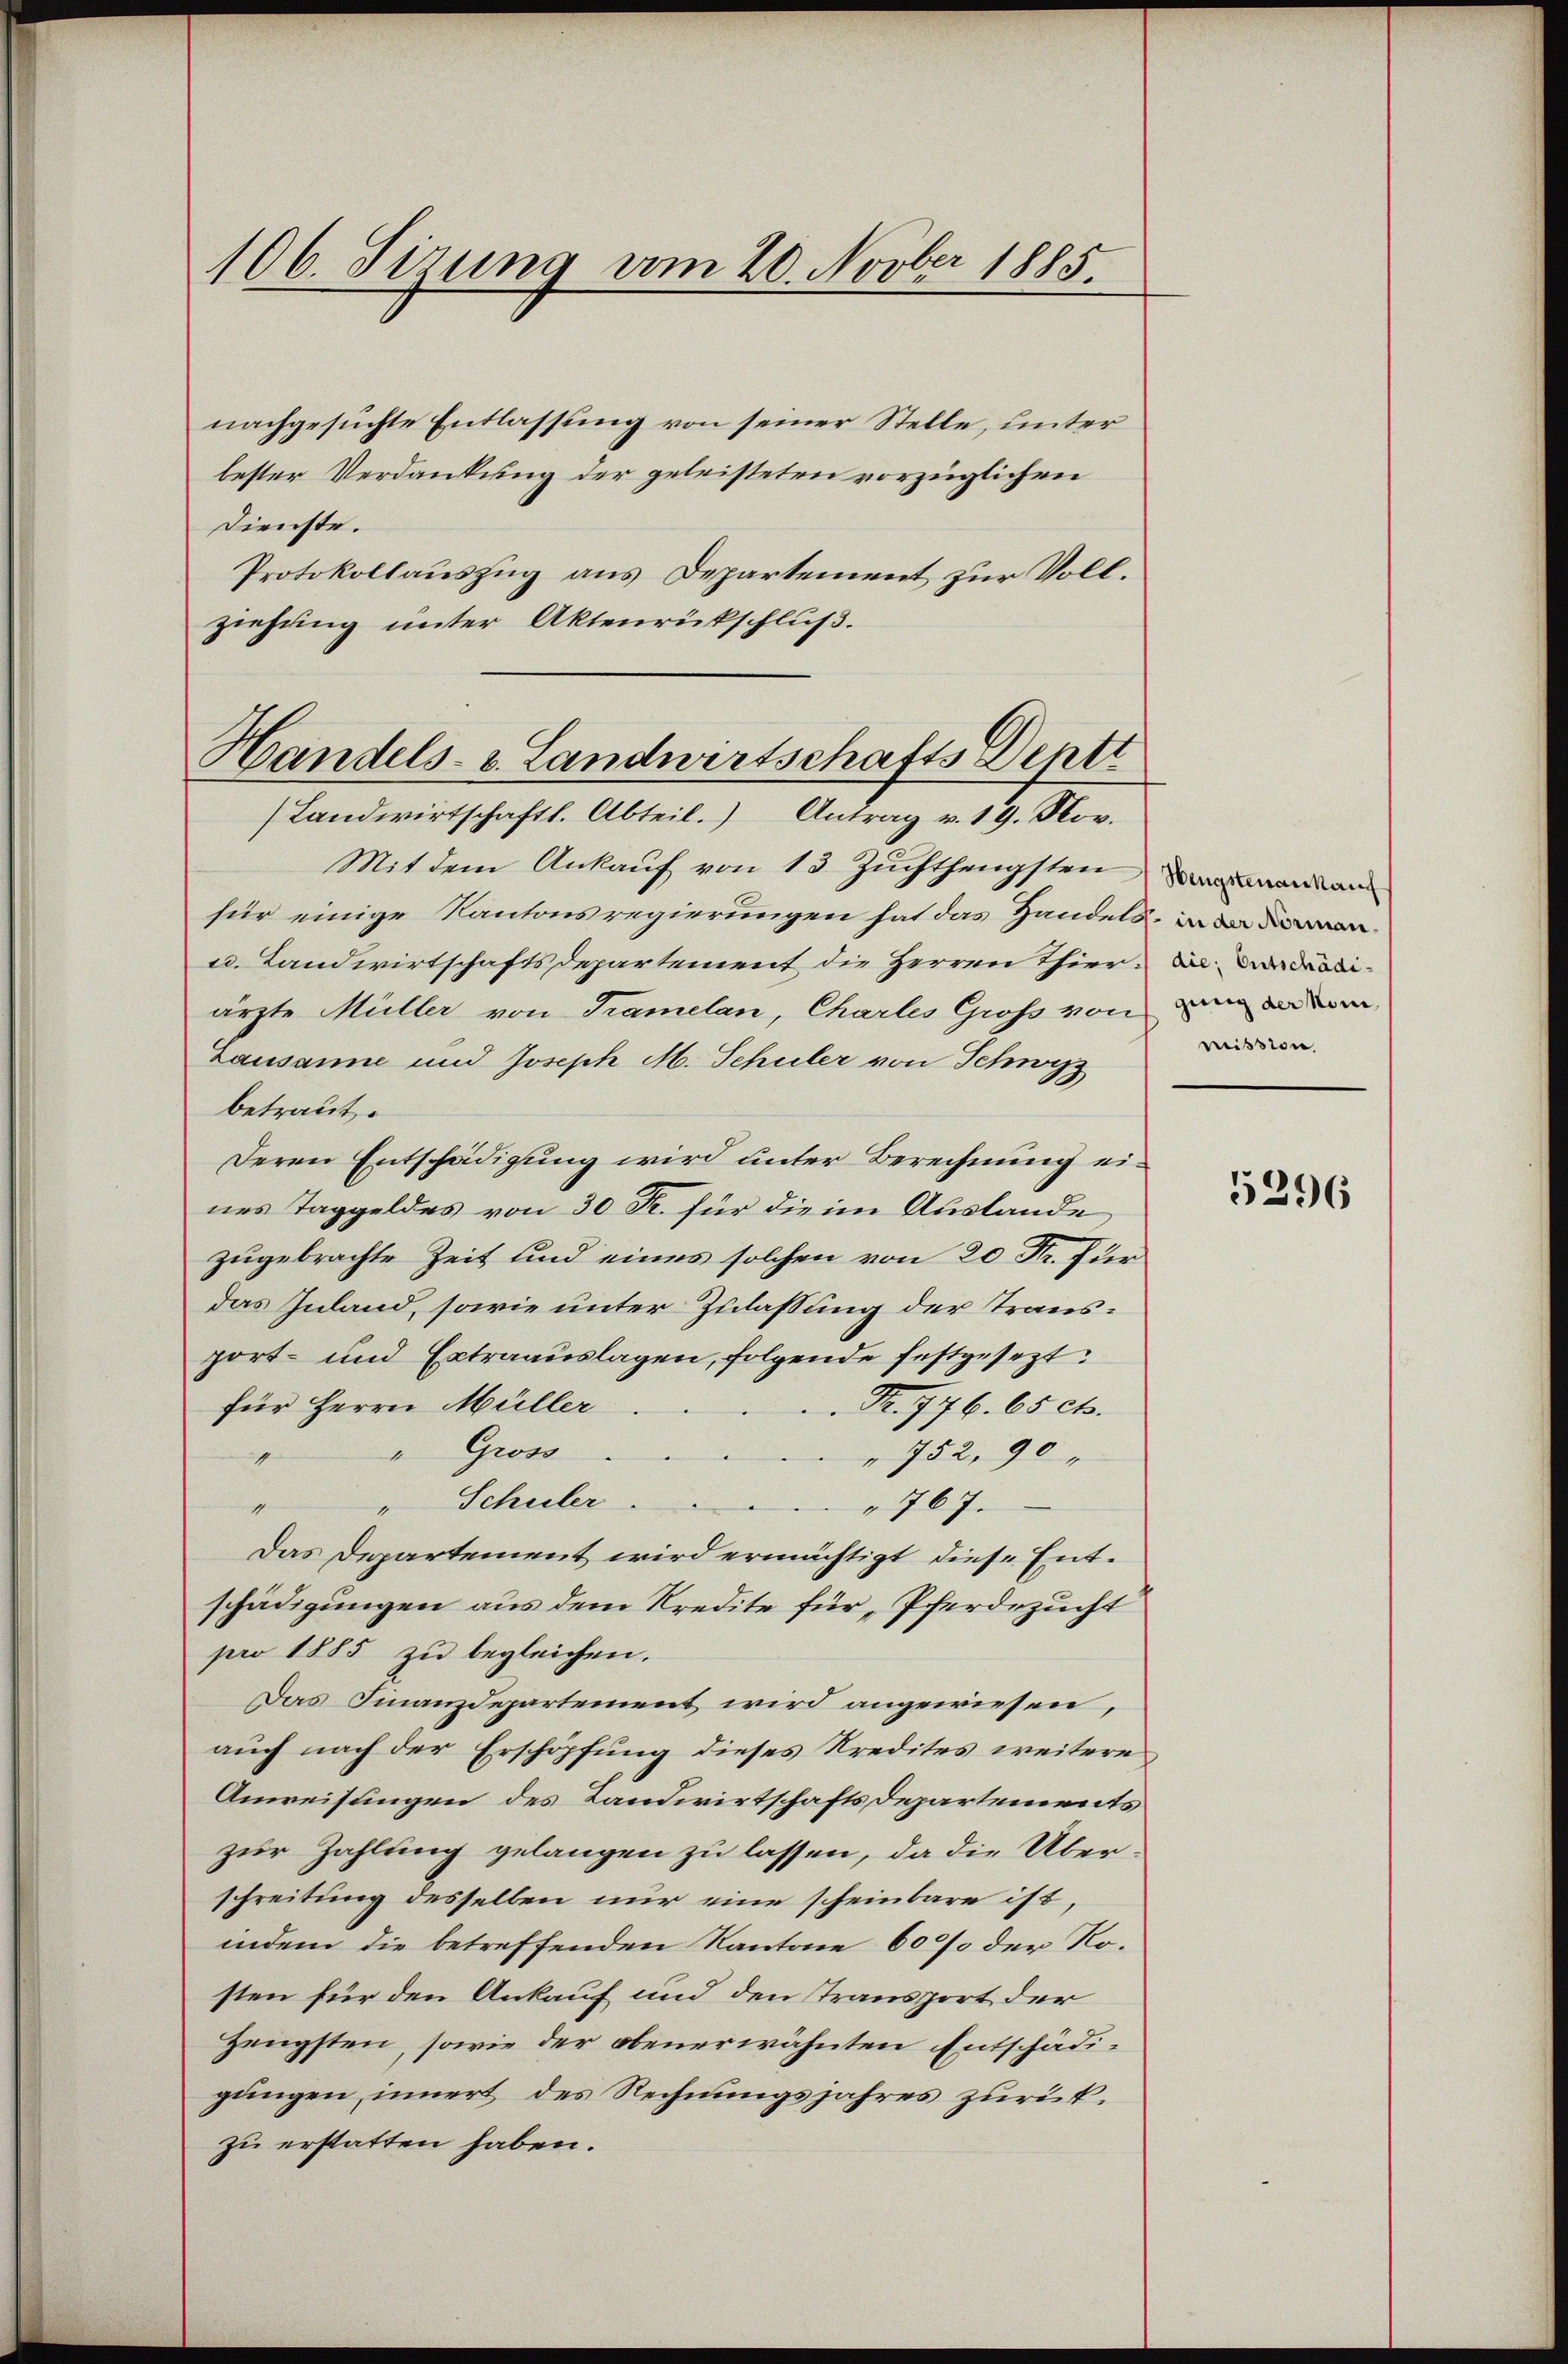
106. Sizung vom 20. Novber 1885.

nachgesuchte Entlassung von seiner Stelle, unter
bester Verdankung der geleisteten vorzüglichen
Dienste.
Protokollauszug aus Departement zur Vollziehung unter Aktenrückschluß.
Handels- u. Landwirtschafts Denti

Landwirtschaftl. Abteil. Antrag v. 19. Nov.

Mit dem Ankauf von 13. Zuchthengsten an an
für einige Kantonsregierungen hat das Handels
u. Landwirtschaftsdepartement die Herren Thier verdradiärzte Müller von Tramelan, Charles Gross von an andern
Lausanne und Joseph M. Schuler von Schwyz
betraut.
Deren Entschädigung wird unter Berechnung eines Taggeldes von 30 R. für die im Auslande
zugebrachte Zeit und eines solchen von 20 Fr. für
das Inland, sowie unter Zulassung der Transport- und Extraauslagen, folgende festgesezt
für Herrn Müller
Fr. 776. 65 cts.
" Gross
 752, 90 "
" Schuler
767.
Das Departement wird ermächtigt diese Entschädigungen aus dem Kredite für „Pferdezucht
pro 1885 zu begleichen.
Das Finanzdepartement wird angewiesen,
auch nach der Erschöpfung dieses Kredites weitere
Anweisungen des Landwirtschafts Departements
zur Zahlung gelangen zu lassen, da die Überschreitung desselben nur eine scheinbare ist,
indem die betreffenden Kantone 60% der Rosten für den Ankauf und den Transport der
Zeugsten, sowie der obenerwähnten Entschädigungen innert des Rechnungsjahres zurükzu erstatten haben.

mission

5296